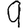
Digit: 9